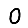
Digit: 0